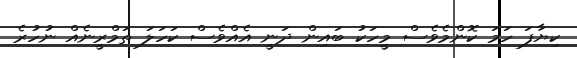
ކިޔާފަ ހަމަ ކޮންމެވެސް މީހަކު ބައިން ދަނީ އެއްވެސް ކަހަލަ ތަމްރީނެއް ނުހުރެ